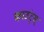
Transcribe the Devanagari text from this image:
काउंट्स्